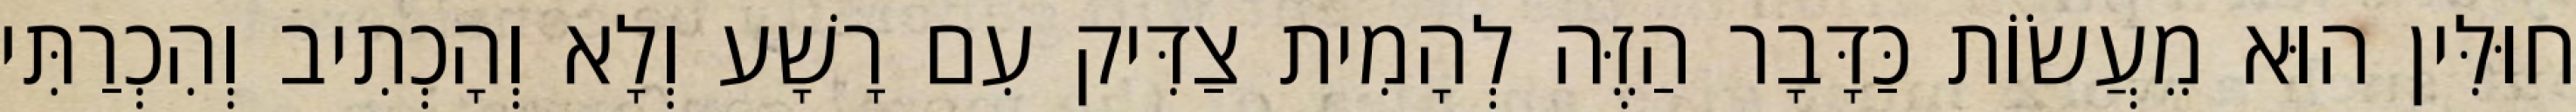
חוּלִּין הוּא מֵעֲשׂוֹת כַּדָּבָר הַזֶּה לְהָמִית צַדִּיק עִם רָשָׁע וְלָא וְהָכְתִיב וְהִכְרַתִּי